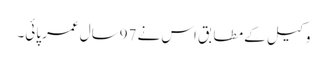
وکیل کے مطابق اس نے 97سال عمر پائی۔